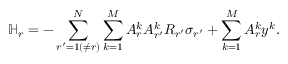
\mathbb { H } _ { r } = - \sum _ { r ^ { \prime } = 1 ( \neq r ) } ^ { N } \sum _ { k = 1 } ^ { M } A _ { r } ^ { k } A _ { r ^ { \prime } } ^ { k } R _ { r ^ { \prime } } \sigma _ { r ^ { \prime } } + \sum _ { k = 1 } ^ { M } A _ { r } ^ { k } y ^ { k } .